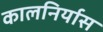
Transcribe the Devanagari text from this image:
कालनिर्यास